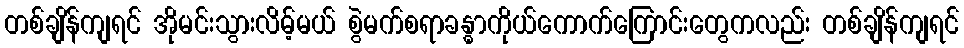
တစ်ချိန်ကျရင် အိုမင်းသွားလိမ့်မယ် စွဲမက်စရာခန္ဓာကိုယ်ကောက်ကြောင်းတွေကလည်း တစ်ချိန်ကျရင်